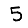
Digit: 5